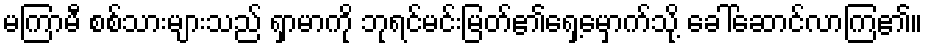
မကြာမီ စစ်သားများသည် ရှာမာကို ဘုရင်မင်းမြတ်၏ရှေ့မှောက်သို့ ခေါ်ဆောင်လာကြ၏။